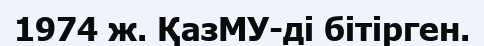
1974 ж. ҚазМУ-ді бітірген.